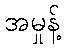
အမှုန့်